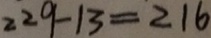
2 2 9 - 1 3 = 2 1 6